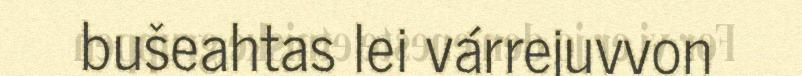
bušeahtas lei várrejuvvon